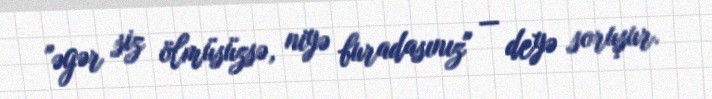
"əgər siz ölmüsüzsə, niyə buradasınız" — deyə soruşur.